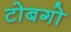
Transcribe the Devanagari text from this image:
टोबगो